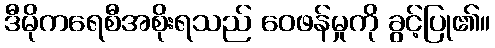
ဒီမိုကရေစီအစိုးရသည် ဝေဖန်မှုကို ခွင့်ပြု၏။